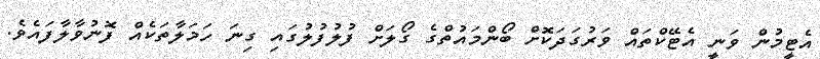
އެޓީމުން ވަނީ އެޓޭކްތައް ވަރުގަދަކޮށް ބޯންމައުތްގެ ގޯލަށް ފުލުފުލުގައި ގިނަ ހަމަލާތަކެއް ފޮނުވާލާފައެވެ.